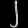
Digit: ၂